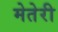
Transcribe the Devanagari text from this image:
मेतेरी